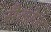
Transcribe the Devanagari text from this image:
सैलोज